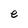
Character: e